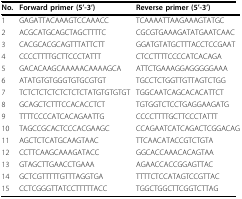
| No. | Forward primer (5'-3') | Reverse primer (5'-3') |
 | --- | --- | --- |
 | 1 | GAGATTACAAAGTCCAAACC | TCAAAATTAAGAAAGTATGC |
 | 2 | ACGCATGCAGCTAGCTTTTC | CGCGTGAAAGATATGAATCAAC |
 | 3 | CACGCACGCAGTTTATTCTT | GGATGTATGCTTTACCTCCGAAT |
 | 4 | CCCCTTTTGCTTCCCTATTT | CTCCTTTTCCCCATCACAGA |
 | 5 | GACACAAGCAAAAACAAAAGCA | ATTCTGAAAGGAGGGGGAAA |
 | 6 | ATATGTGTGGGTGTGCGTGT | TGCCTCTGGTTGTTAGTCTGG |
 | 7 | TCTCTCTCTCTCTCTCTATGTGTGTGT | TGGCAATCAGCACACATTCT |
 | 8 | GCAGCTCTTTCCACACCTCT | TGTGGTCTCCTGAGGAAGATG |
 | 9 | TTTTCCCCATCACAGAATTG | CCCCTTTTGCTTCCCTATTT |
 | 10 | TAGCCGCACTCCCACGAAGC | CCAGAATCATCAGACTCGGACAG |
 | 11 | AGCTCTCATGCAAGTAAC | TTCAACATACCGTCTGTA |
 | 12 | CCTTCAAGCAAAGATACC | GGCACCAAACACAGTAA |
 | 13 | GTAGCTTGAACCTGAAA | AGAACCACCGGAGTTAC |
 | 14 | GCTCGTTTTTGTTTAGGTGA | TTTTCTCCATAGTCCGTTAC |
 | 15 | CCTCGGGTTATCCTTTTTACC | TGGCTGGCTTCGGTCTTAG |